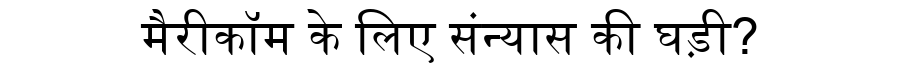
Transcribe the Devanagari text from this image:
मैरीकॉम के लिए संन्यास की घड़ी?